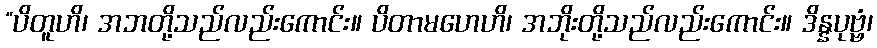
“ပိတူဟိ၊ အဘတို့သည်လည်းကောင်း။ ပိတာမဟေဟိ၊ အဘိုးတို့သည်လည်းကောင်း။ ဒိန္နပုဗ္ဗံ၊